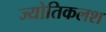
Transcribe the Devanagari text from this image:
ज्योतिकलश